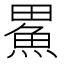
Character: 𪽟